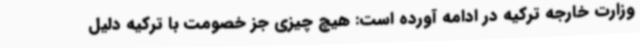
وزارت خارجه ترکیه در ادامه آورده است: هیچ چیزی جز خصومت با ترکیه دلیل